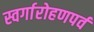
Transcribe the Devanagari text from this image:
स्वर्गारोहणपर्व